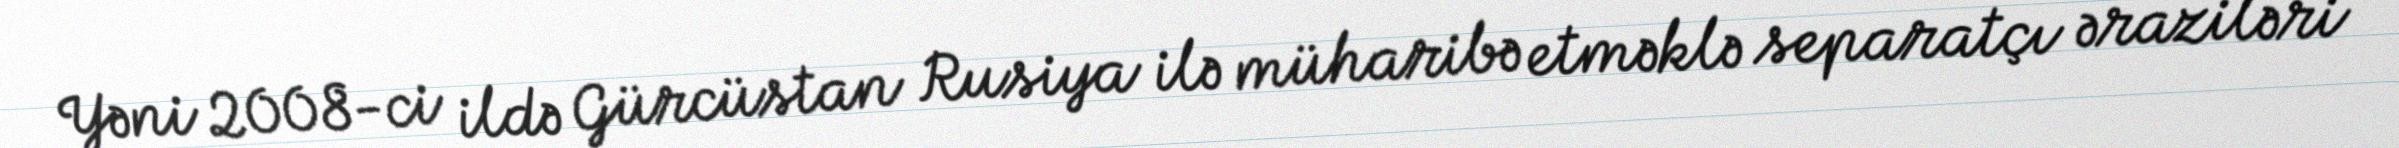
Yəni 2008-ci ildə Gürcüstan Rusiya ilə müharibə etməklə separatçı əraziləri